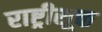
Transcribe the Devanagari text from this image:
राष्ट्रीसूक्त